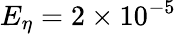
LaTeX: E_{\eta}=2\times 10^{-5}